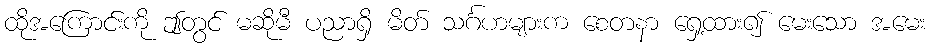
ထိုအကြောင်းကို ဤတွင် မဆိုမီ ပညာရှိ မိတ် သင်္ဂဟများက စေတနာ ရှေ့ထား၍ မေးသော အမေး